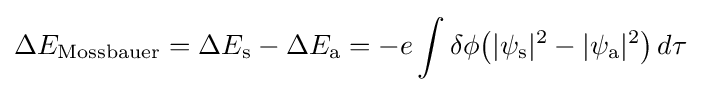
\Delta E_{\text{Mossbauer}}=\Delta E_{\text{s}}-\Delta E_{\text{a}}=-e\int \delta \phi {\big (}|\psi _{\text{s}}|^{2}-|\psi _{\text{a}}|^{2}{\big )}\,d\tau